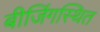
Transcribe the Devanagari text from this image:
बीजिंगस्थित